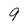
Character: 9